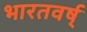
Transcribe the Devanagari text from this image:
भारतवर्ष्